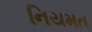
નિયમત